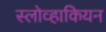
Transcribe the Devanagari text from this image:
स्लोव्हाकियन